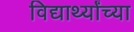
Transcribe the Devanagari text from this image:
विद्यार्थ्‍यांच्‍या